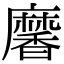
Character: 黁